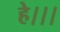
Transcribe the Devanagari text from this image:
हे।।।